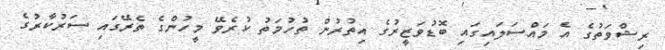
ރިޝްވަތުގެ އެ މައްސަލައިގައި ބޮޑުވަޒީރުގެ އިތުރުން ތުހުމަތު ކުރެވޭ މީހުންގެ ތެރޭގައި ސަރުކާރުގެ